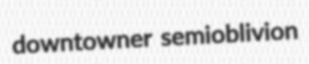
downtowner semioblivion